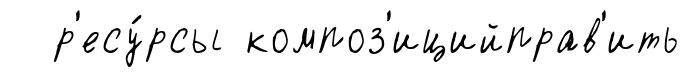
р'есу́рсы композ'ицийправ'ить